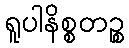
ရူပါနိစ္စတဉ္စ